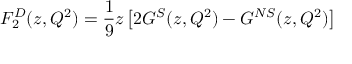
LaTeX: F _ { 2 } ^ { D } ( z , Q ^ { 2 } ) = \frac { 1 } { 9 } z \left[ 2 G ^ { S } ( z , Q ^ { 2 } ) - G ^ { N S } ( z , Q ^ { 2 } ) \right]